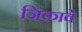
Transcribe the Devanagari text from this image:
जिंकावे